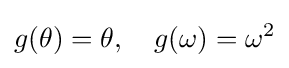
g(\theta )=\theta ,\quad g(\omega )=\omega ^{2}